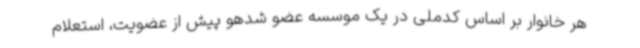
هر خانوار بر اساس کدملی در یک موسسه عضو شدهو پیش از عضویت، استعلام